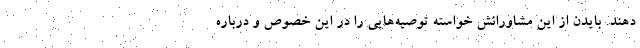
دهند. بایدن از این مشاورانش خواسته توصیه‌هایی را در این خصوص و درباره